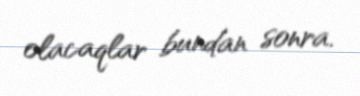
olacaqlar bundan sonra.